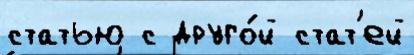
статью с друго́й стат'ей